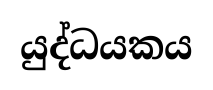
යුද්ධයකය